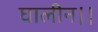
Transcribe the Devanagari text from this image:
घालीन।।